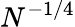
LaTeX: N^{-1/4}